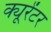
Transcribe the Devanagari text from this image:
क्यूरेंटर